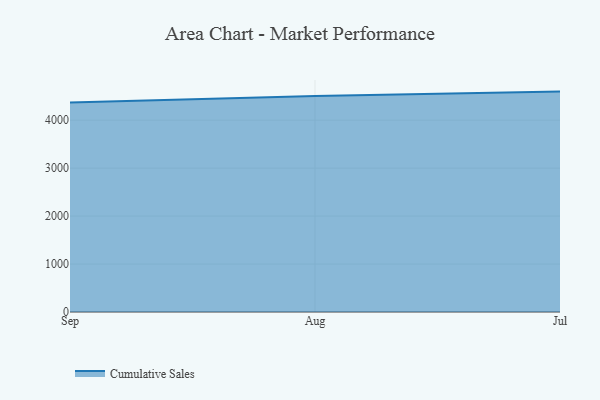
{"axis": {"x": "Month", "y": "Humidity (%)"}, "legend": ["Cumulative Sales"], "data": [{"x": "Sep", "y": 4370.8, "type": "Cumulative Sales"}, {"x": "Aug", "y": 4506.2, "type": "Cumulative Sales"}, {"x": "Jul", "y": 4595.7, "type": "Cumulative Sales"}]}